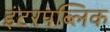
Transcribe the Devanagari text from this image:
इंटरपब्लिक